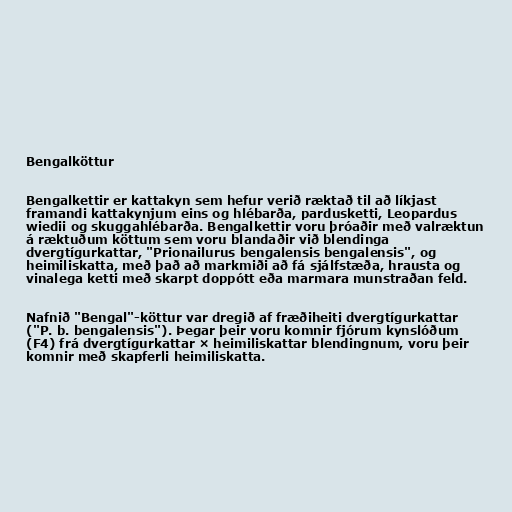
Bengalköttur

Bengalkettir er kattakyn sem hefur verið ræktað til að líkjast
framandi kattakynjum eins og hlébarða, pardusketti, Leopardus
wiedii og skuggahlébarða. Bengalkettir voru þróaðir með valræktun
á ræktuðum köttum sem voru blandaðir við blendinga
dvergtígurkattar, "Prionailurus bengalensis bengalensis", og
heimiliskatta, með það að markmiði að fá sjálfstæða, hrausta og
vinalega ketti með skarpt doppótt eða marmara munstraðan feld.

Nafnið "Bengal"-köttur var dregið af fræðiheiti dvergtígurkattar
("P. b. bengalensis"). Þegar þeir voru komnir fjórum kynslóðum
(F4) frá dvergtígurkattar × heimiliskattar blendingnum, voru þeir
komnir með skapferli heimiliskatta.